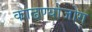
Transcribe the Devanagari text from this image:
काढण्योजोग